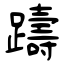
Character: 躊